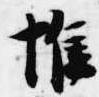
惟